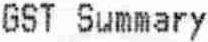
GST SUMMARY